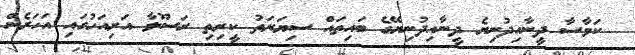
ކަވާސާ ދީނާއިދުނިޔެ ދީނާއިދުނިޔޭގެ ބައިތައް ސިޔަރަތު ކީރިތި ރަސޫލާ އަރިއަހުގައި އަހަރެން